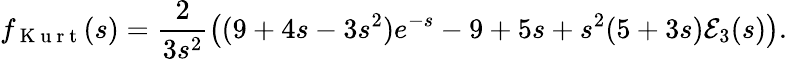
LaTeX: f_{\mathrm{~K~u~r~t~}}(s)=\frac{2}{3s^{2}}\left((9+4s-3s^{2})e^{-s}-9+5s+s^{2}(5+3s){\cal E}_{3}(s)\right).